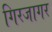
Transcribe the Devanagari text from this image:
गिरजागर